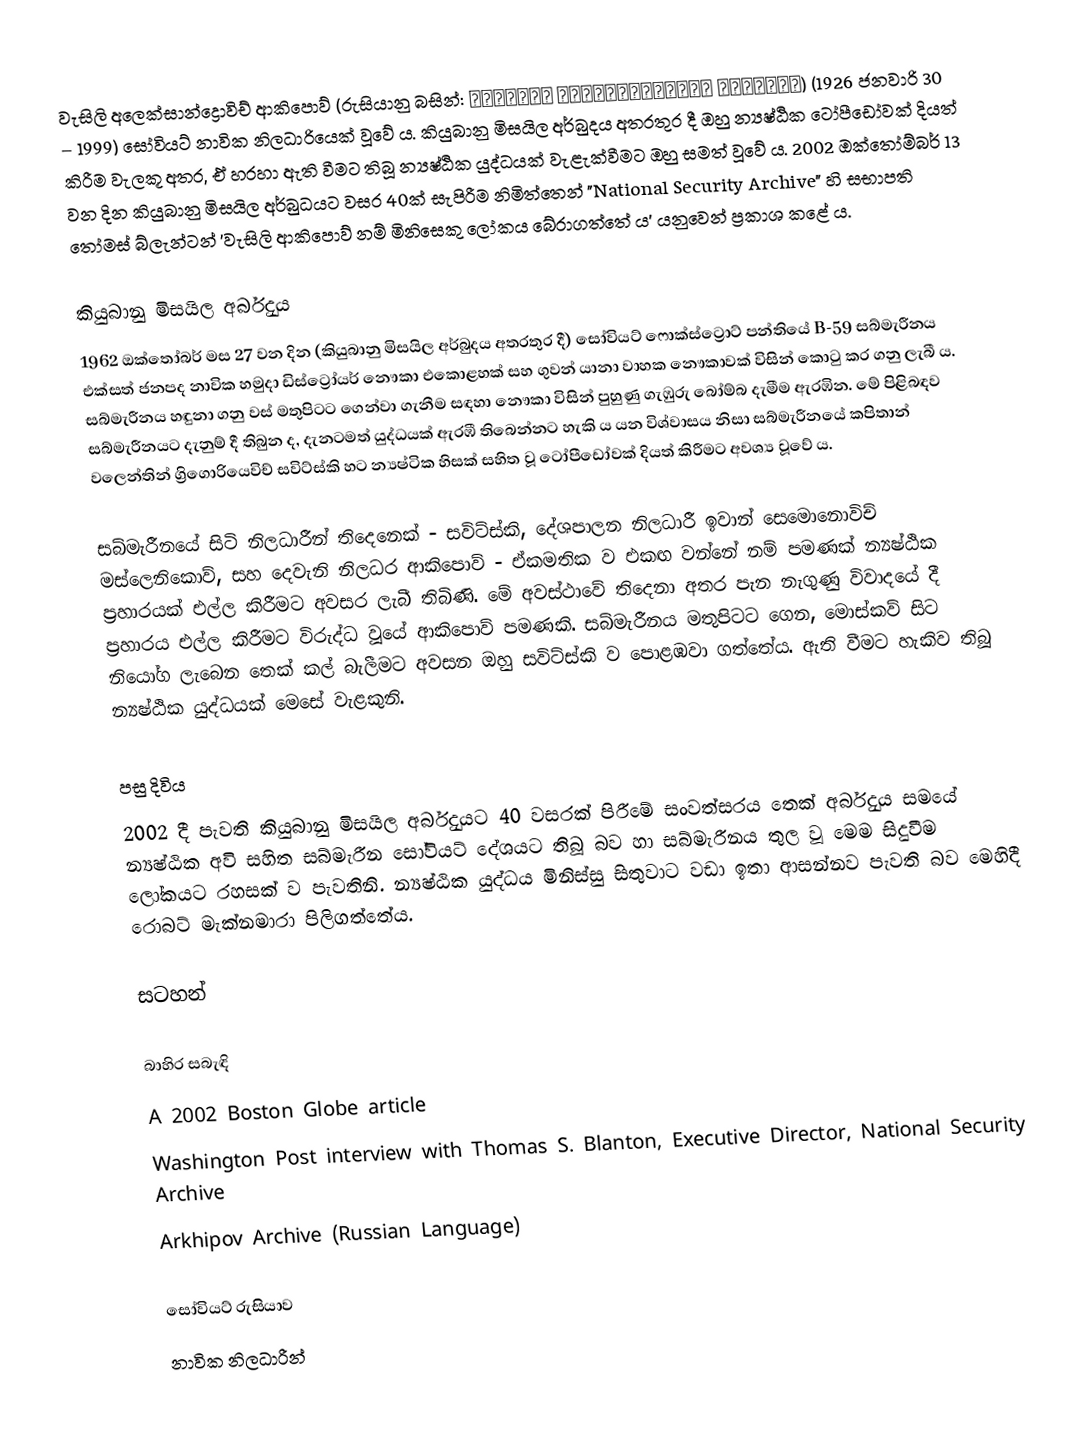
වැසිලි අලෙක්සාන්ද්‍රොවිච් ආකිපොව් (රුසියානු බසින්: Василий Александрович Архипов) (1926 ජනවාරි 30 – 1999) සෝවියට් නාවික නිලධාරියෙක් වූවේ ය. කියුබානු මිසයිල අර්බුදය අතරතුර දී ඔහු න්‍යෂ්ඨික ටෝපීඩෝවක් දියත් කිරීම වැලකූ අතර, ඒ හරහා ඇති වීමට තිබූ න්‍යෂ්ඨික යුද්ධයක් වැළැක්වීමට ඔහු සමත් වූවේ ය. 2002 ඔක්තෝම්බර් 13 වන දින කියුබානු මිසයිල අර්බුධයට වසර 40ක් සැපිරීම නිමිත්තෙන් "National Security Archive" හි සභාපති තෝමස් බ්ලැන්ටන් 'වැසිලි ආකිපොව් නම් මිනිසෙකු ලෝකය බේරාගත්තේ ය' යනුවෙන් ප්‍රකාශ කළේ ය.

කියුබානු මිසයිල අර්බුදය
1962 ඔක්තෝබර් මස 27 වන දින (කියුබානු මිසයිල අර්බුදය අතරතුර දී) සෝවියට් ෆොක්ස්ට්‍රොට් පන්තියේ B-59 සබ්මැරීනය එක්සත් ජනපද නාවික හමුදා ඩිස්ට්‍රෝයර් නෞකා එකොළහක් සහ ගුවන් යානා වාහක නෞකාවක් විසින් කොටු කර ගනු ලැබී ය. සබ්මැරීනය හඳුනා ගනු වස් මතුපිටට ගෙන්වා ගැනීම සඳහා නෞකා විසින් පුහුණු ගැඹුරු බෝම්බ දැමීම ඇරඹින. මේ පිළිබඳව සබ්මැරීනයට දැනුම් දී තිබුන ද, දැනටමත් යුද්ධයක් ඇරඹී තිබෙන්නට හැකි ය යන විශ්වාසය නිසා සබ්මැරීනයේ කපිතාන් වලෙන්තින් ග්‍රිගොරියෙවිච් සවිට්ස්කි හට න්‍යෂ්ටික හිසක් සහිත වූ ටෝපීඩෝවක් දියත් කිරීමට අවශ්‍ය වූවේ ය.

සබ්මැරීනයේ සිටි නිලධාරීන් තිදෙනෙක් - සවිට්ස්කි, දේශපාලන නිලධාරී ඉවාන් සෙමොනොවිච් මස්ලෙනිකොව්, සහ දෙවැනි නිලධර ආකිපොව් - ඒකමතික ව එකඟ වන්නේ නම් පමණක් න්‍යෂ්ඨික ප්‍රහාරයක් එල්ල කිරීමට අවසර ලැබී තිබිණි. මේ අවස්ථාවේ තිදෙනා අතර පැන නැගුණු විවාදයේ දී ප්‍රහාරය එල්ල කිරීමට විරුද්ධ වූයේ ආකිපොව් පමණකි. සබ්මැරීනය මතුපිටට ගෙන, මොස්කව් සිට නියෝග ලැබෙන තෙක් කල් බැලීමට අවසන ඔහු සවිට්ස්කි ව පොළඹවා ගත්තේය. ඇති වීමට හැකිව තිබූ න්‍යෂ්ඨික යුද්ධයක් මෙසේ වැළකුනි.

පසු දිවිය
2002 දී පැවති කියුබානු මිසයිල අර්බුදයට 40 වසරක් පිරීමේ සංවත්සරය තෙක් අර්බුදය සමයේ න්‍යෂ්ඨික අවි සහිත සබ්මැරීන සෝවියට් දේශයට තිබූ බව හා සබ්මැරීනය තුල වූ මෙම සිදුවීම ලෝකයට රහසක් ව පැවතිනි. න්‍යෂ්ඨික යුද්ධය මිනිස්සු සිතුවාට වඩා ඉතා ආසන්නව පැවති බව මෙහිදී රොබට් මැක්නමාරා පිලිගත්තේය.

සටහන්

බාහිර සබැඳි
A 2002 Boston Globe article
Washington Post interview with Thomas S. Blanton, Executive Director, National Security Archive
Arkhipov Archive (Russian Language)

සෝවියට් රුසියාව
නාවික නිලධාරීන්